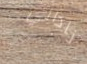
ناداني